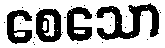
စေသော